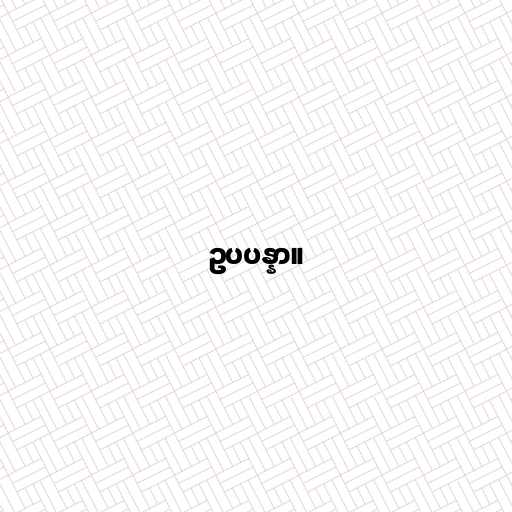
ဥပပန္နာ။